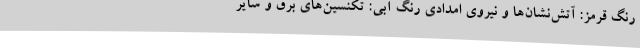
رنگ قرمز: آتش‌نشان‌ها و نیروی امدادی رنگ آبی: تکنسین‌های برق و سایر